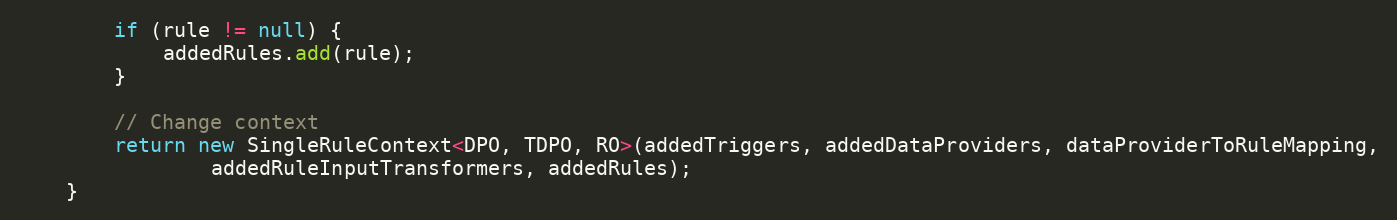
Language: Java
        if (rule != null) {
            addedRules.add(rule);
        }

        // Change context
        return new SingleRuleContext<DPO, TDPO, RO>(addedTriggers, addedDataProviders, dataProviderToRuleMapping,
                addedRuleInputTransformers, addedRules);
    }